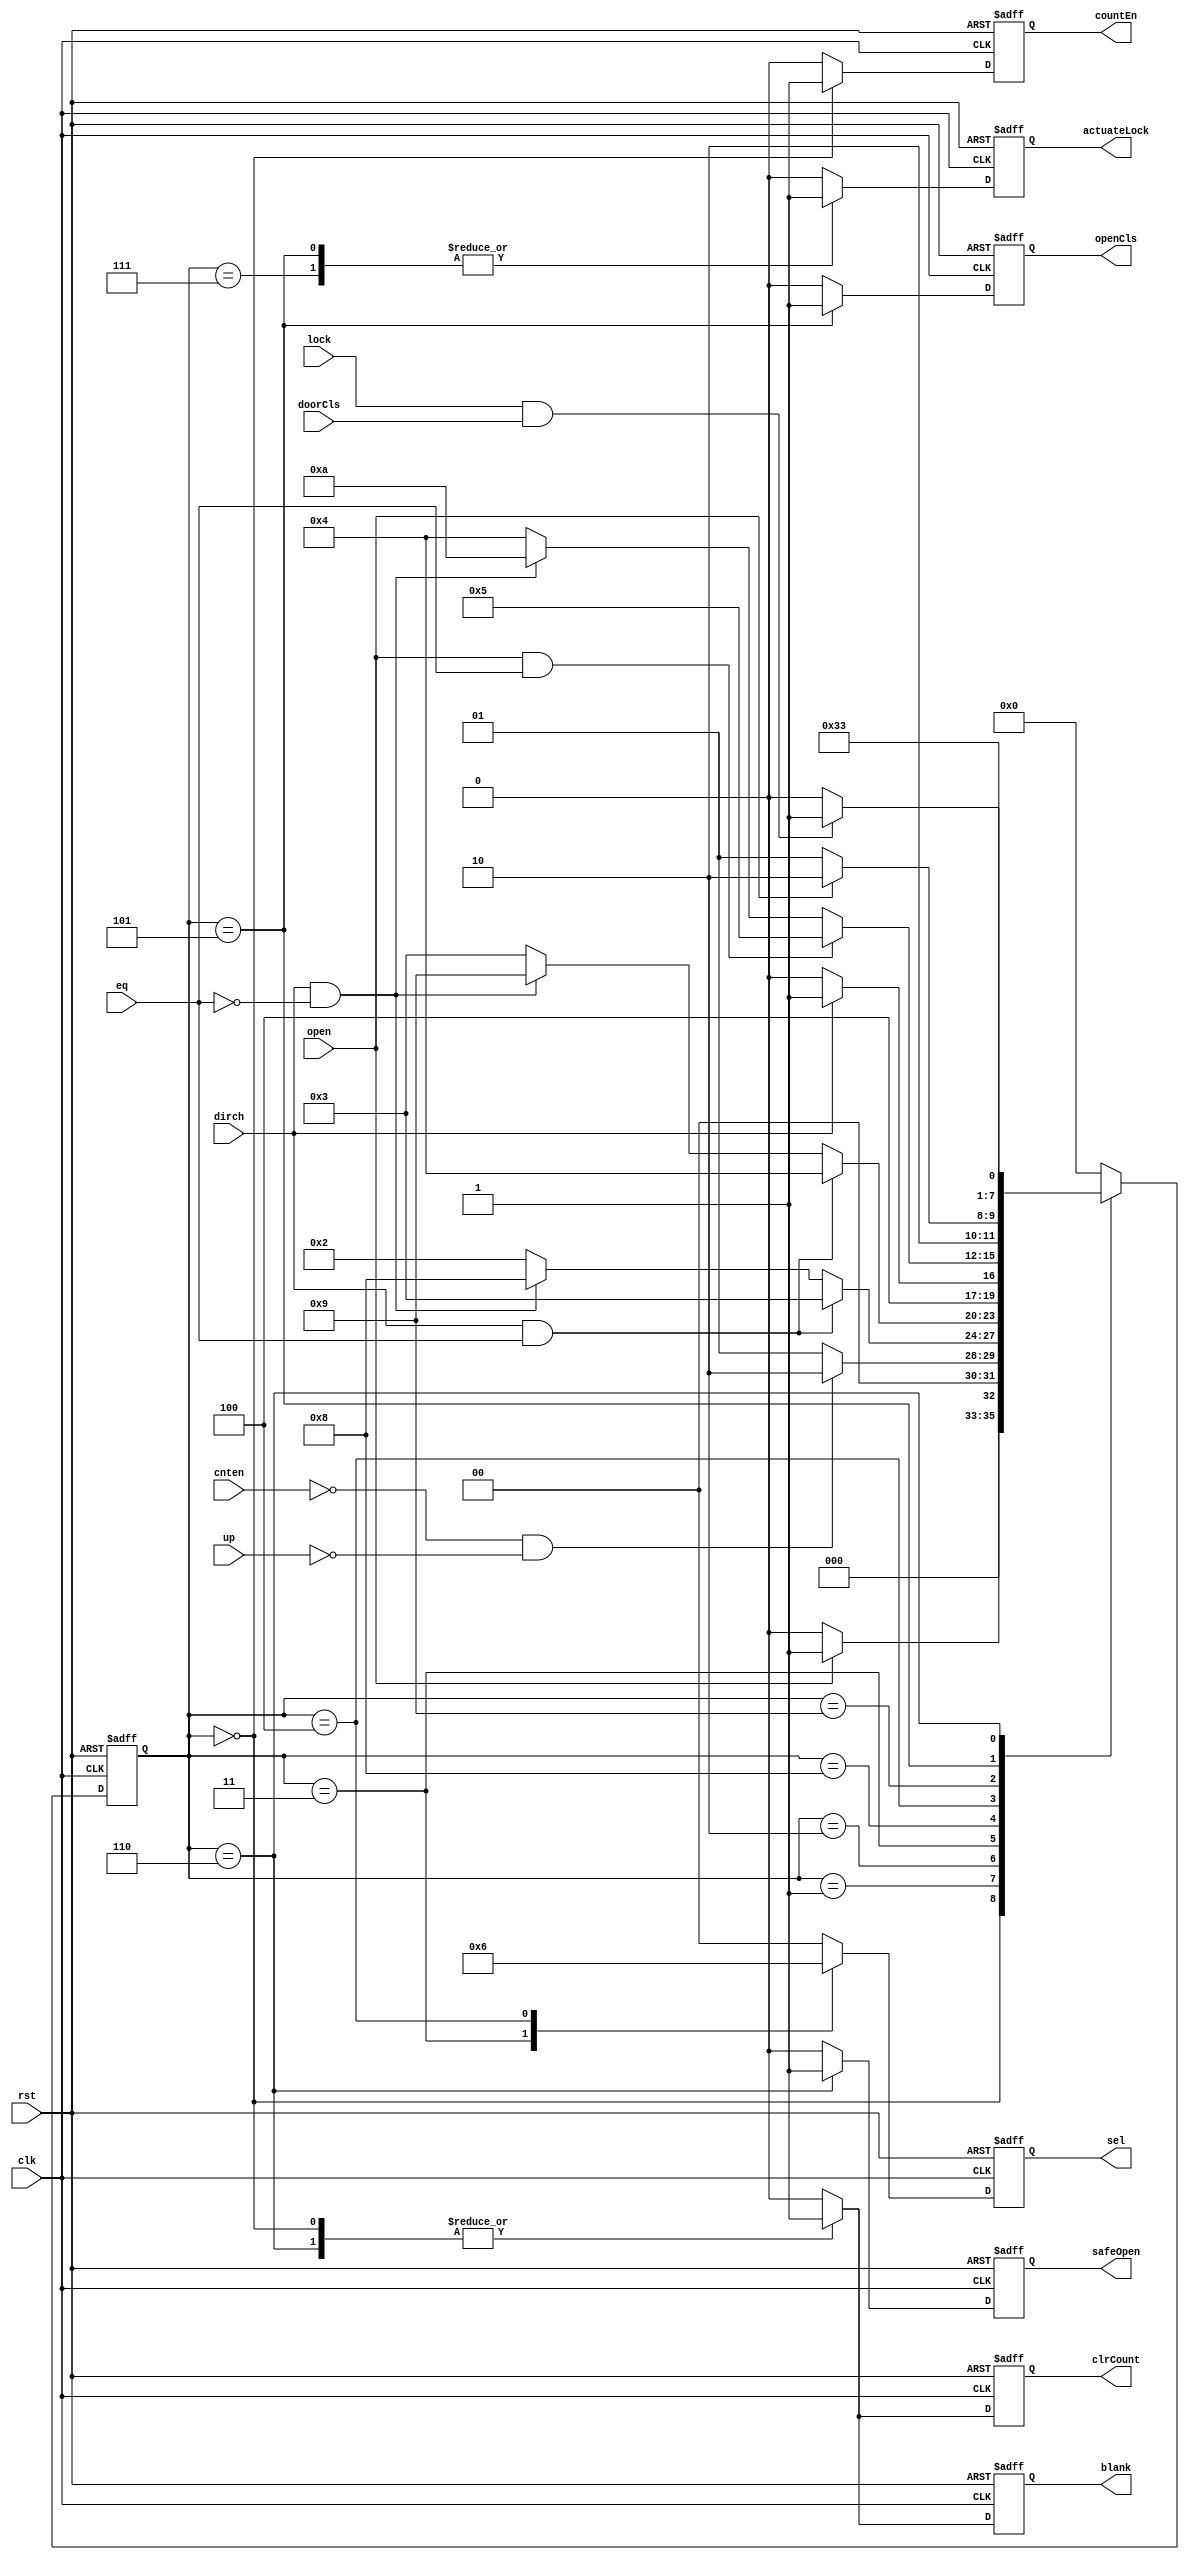
`timescale 1ns / 1ps

module master_fsm(
    input clk,
    input rst,
    input cnten,
    input up,
    input dirch,
    input doorCls,
    input lock,
    input open,
    input eq,
    output reg countEn,
    output reg actuateLock,
    output reg openCls,
    output reg [1:0] sel,
    output reg blank,
    output reg clrCount,
	 output reg safeOpen
    );
	 
reg [3:0] st, ust;
localparam locked=4'd0, start=4'd1,
			  cw=4'd2, first_ok=4'd3,
			  second_ok=4'd4, third_ok=4'd5,
			  unlocked=4'd6, lock_ok=4'd7,
			  bad_first_ok=4'd8, bad_second_ok=4'd9, bad_third_ok=4'd10;

always@(posedge clk, posedge rst)
begin
	if(rst)
		st<=locked;
	else
		st<=ust;
end

always@(posedge clk, posedge rst)
begin
	if(rst)
		blank <= 1;
	else case(st)
		locked: blank <= 1;
		unlocked: blank <= 1;
		default: blank <= 0;
	endcase
end

always@(posedge clk, posedge rst)
begin
	if(rst)
		safeOpen <= 0;
	else case(st)
		unlocked: safeOpen <= 1;
		default: safeOpen <= 0;
	endcase
end

always@(posedge clk, posedge rst)
begin
	if(rst)
		countEn <= 1;
	else case(st)
		locked: countEn <= 1;
		default: countEn <= 0;
	endcase
end

always@(posedge clk, posedge rst)
begin
	if(rst)
		clrCount <= 1;
	else case(st)
		locked: clrCount <= 1;
		unlocked: clrCount <= 1;
		default: clrCount <= 0;
	endcase
end

always@(posedge clk, posedge rst)
begin
	if(rst)
		sel <= 2'd0;
	else case(st)
		cw: sel <= 2'd0;
		first_ok: sel <= 2'd1;
		second_ok: sel <= 2'd2;
		default: sel <= 2'd0;
	endcase
end

always@(posedge clk, posedge rst)
begin
	if(rst)
		actuateLock <= 0;
	else case(st)
		third_ok: actuateLock <= 1;
		lock_ok: actuateLock <= 1;
		default: actuateLock <= 0;
	endcase
end


always@(posedge clk, posedge rst)
begin
	if(rst)
		openCls <= 0;
	else case(st)
		third_ok: openCls <= 1;
		default: openCls <= 0;
	endcase
end

always @*
begin
	ust = locked;
	case (st)
		locked:
			if (open)
				ust = start;
			else
				ust = locked;
		start:
			if (!cnten && !up)
				ust = cw;
			else
				ust = start;
		cw:
			begin
				if (dirch && eq)
					ust = first_ok;
				else
					if (dirch && !eq)
						ust = bad_first_ok;
					else
						ust = cw;
			end
		first_ok:
			begin
				if (dirch && eq)
					ust = second_ok;
				else
					if (dirch && !eq)
						ust = bad_second_ok;
					else
						ust = first_ok;
			end
		bad_first_ok:
			begin
				if (dirch)
					ust = bad_second_ok;
				else
					ust = bad_first_ok;
			end
		second_ok:
			begin
				if (open && eq)
					ust = third_ok;
				else
					if (dirch && !eq)
						ust = bad_third_ok;
					else
						ust = second_ok;
			end
		bad_second_ok:
			begin
				if (open)
					ust = bad_third_ok;
				else
					ust = bad_second_ok;
			end	
		third_ok:
			ust = unlocked;
		bad_third_ok:
			ust = locked;
		unlocked:
			if (lock && doorCls)
				ust = lock_ok;
			else
				ust = unlocked;
		lock_ok:
			ust = locked;
	endcase
end

endmodule